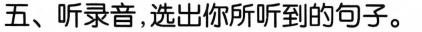
五、听录音,选出你所听到的句子.